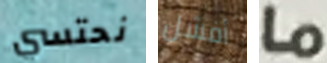
نحتسي أفشل ما